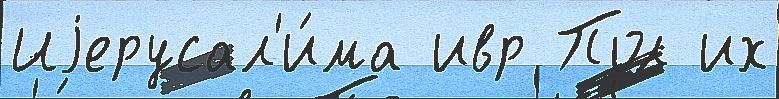
Иjерусал'и́ма ивр Пол их